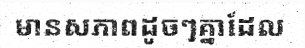
មានសភាពដូចៗគ្នាដែល